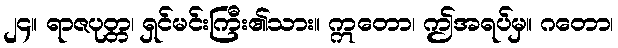
၂၄။ ရာဇပုတ္တ၊ ရှင်မင်းကြီး၏သား။ ဣတော၊ ဤအရပ်မှ။ ဂတော၊